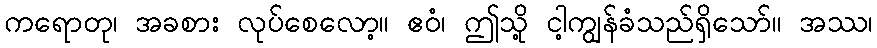
ကရောတု၊ အခစား လုပ်စေလော့။ ဧဝံ၊ ဤသို့ ငါ့ကျွန်ခံသည်ရှိသော်။ အဿ၊